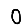
Digit: 0